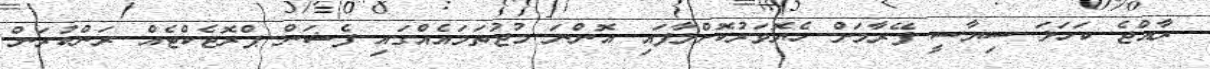
ރާއްޖެ ކަހަލަ ސިޔާސީ ފޭރާމަށް ހެޔޮވަރުކޮށްލާފައި އޮންނަ މުޖުތަމައެއްގައި ފެޝަން ޕްރޮޖެކްޓެއް ރަންކުރަން